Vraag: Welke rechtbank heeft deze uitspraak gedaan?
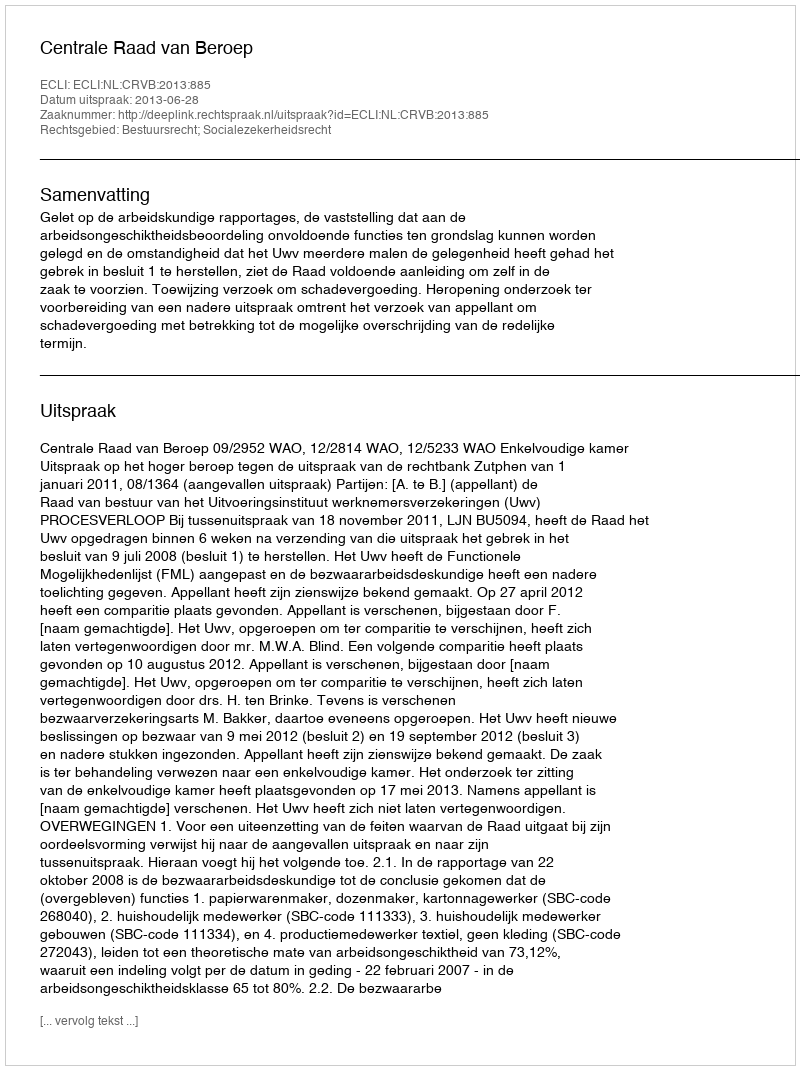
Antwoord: Centrale Raad van Beroep